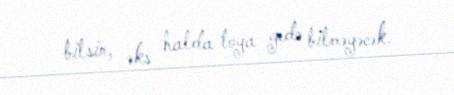
bilsin, əks halda toya gedə bilməyəcək.